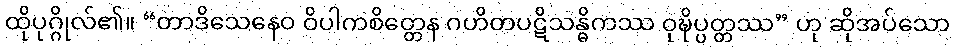
ထိုပုဂ္ဂိုလ်၏။ “တာဒိသေနေဝ ဝိပါကစိတ္တေန ဂဟိတပဋိသန္ဓိကဿ ဝုဍ္ဎိပ္ပတ္တဿ” ဟု ဆိုအပ်သော